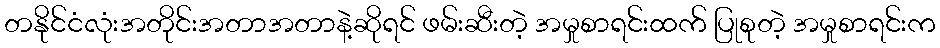
တနိုင်ငံလုံးအတိုင်းအတာအတာနဲ့ဆိုရင် ဖမ်းဆီးတဲ့ အမှုစာရင်းထက် ပြုစုတဲ့ အမှုစာရင်းက